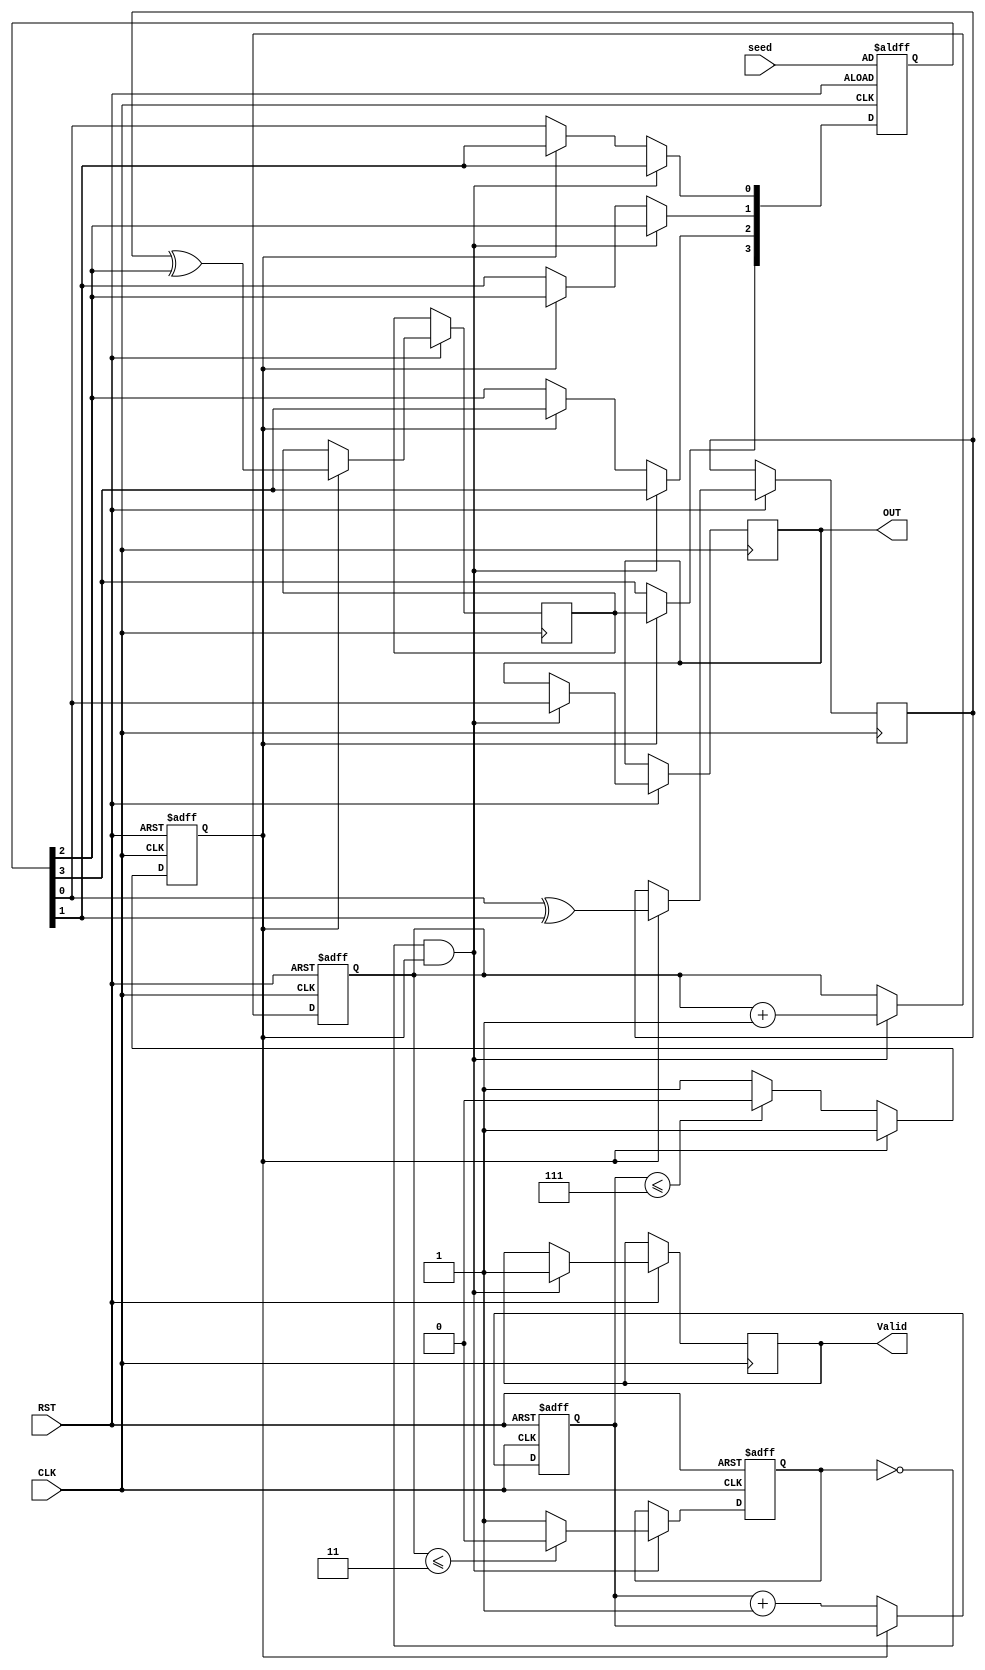
module LFSR (

input 	wire 			CLK, RST,
input 	wire 	[3:0]	seed,
output 	reg 			OUT, Valid
);

reg[3:0] LFSR;         
reg [3:0] count1, count2;
reg	Feedback1, Feedback2, lfsr_en, shift_en;


always@(posedge CLK or negedge RST) begin
	if(!RST) begin    
	  count1 <= 0;
	  count2 <= 0;
	  
	  lfsr_en <= 0;	  
	  shift_en <= 0;
	  
	  LFSR <= seed;
	  
	end
	
	else begin	
		if (!lfsr_en) begin  
			count1<=count1+1;
			lfsr_en <= (count1 <= 7)? 1'b0 : 1'b1;
		end	
		
		if (lfsr_en) begin
			Feedback1 <= LFSR[0] ^ LFSR[1];
			Feedback2 <= Feedback1 ^ LFSR[2];
			LFSR[3] <= Feedback2; 	 
			LFSR[2] <= LFSR[3];
			LFSR[1] <= LFSR[2];
			LFSR[0] <= LFSR[1];				
		end
		
		if (!shift_en && lfsr_en) begin  
			count2<=count2+1;
			shift_en <= (count2 <= 3)? 1'b0 : 1'b1;
			{LFSR[2:0], OUT} <= LFSR;
			Valid <= 1'b1;
		end	

	end
end

endmodule